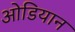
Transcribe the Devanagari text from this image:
ओडियान